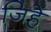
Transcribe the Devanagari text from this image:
जिहे